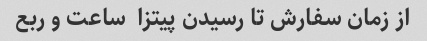
از زمان سفارش تا رسیدن پیتزا  ساعت و ربع